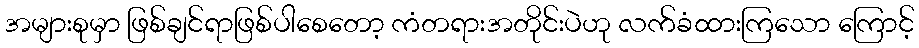
အများစုမှာ ဖြစ်ချင်ရာဖြစ်ပါစေတော့ ကံတရားအတိုင်းပဲဟု လက်ခံထားကြသော ကြောင့်